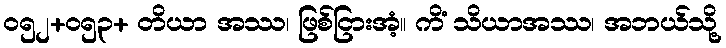
ဝ၅၂+၀၅၃+ တိယာ အဿ၊ ဖြစ်ငြားအံ့။ ကိံ သိယာအဿ၊ အဘယ်သို့